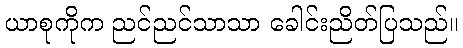
ယာစုကိုက ညင်ညင်သာသာ ခေါင်းညိတ်ပြသည်။